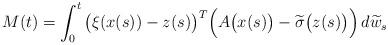
LaTeX: \begin{align*} M(t) = \int_0^t \big(\xi(x(s)) - z(s)\big)^T \Big(A\big(x(s)\big) - \widetilde{\sigma}\big(z(s)\big)\Big)\,d\widetilde{w}_s\end{align*}